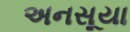
અનસૂયા